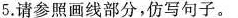
5.请参照画线部分，仿写句子。